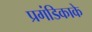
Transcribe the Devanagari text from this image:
प्रगंडिकाके